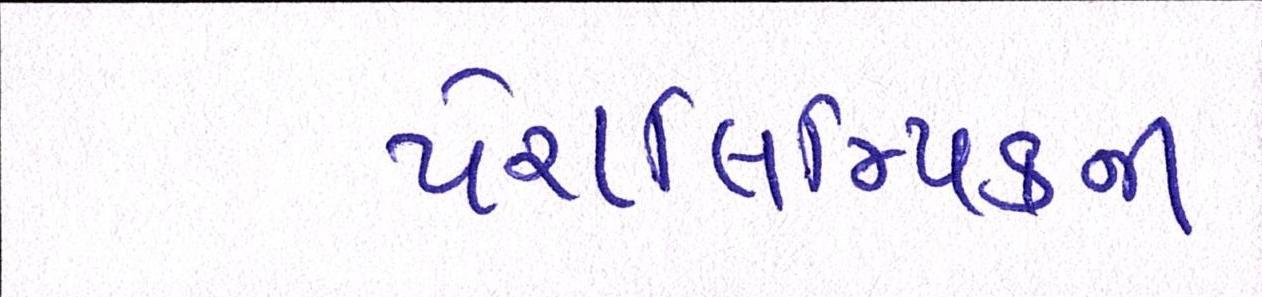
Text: પેરાલિમ્પિકની